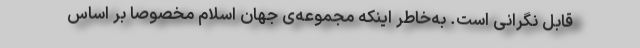
قابل نگرانی است. به‌خاطر اینکه مجموعه‌ی جهان اسلام مخصوصاً بر اساس